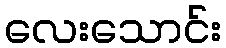
လေးသောင်း